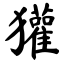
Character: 獾